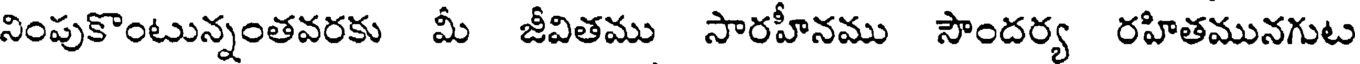
నింపుకొంటున్నంతవరకు మీ జీవితము సారహీనము సౌందర్య రహితమునగుట